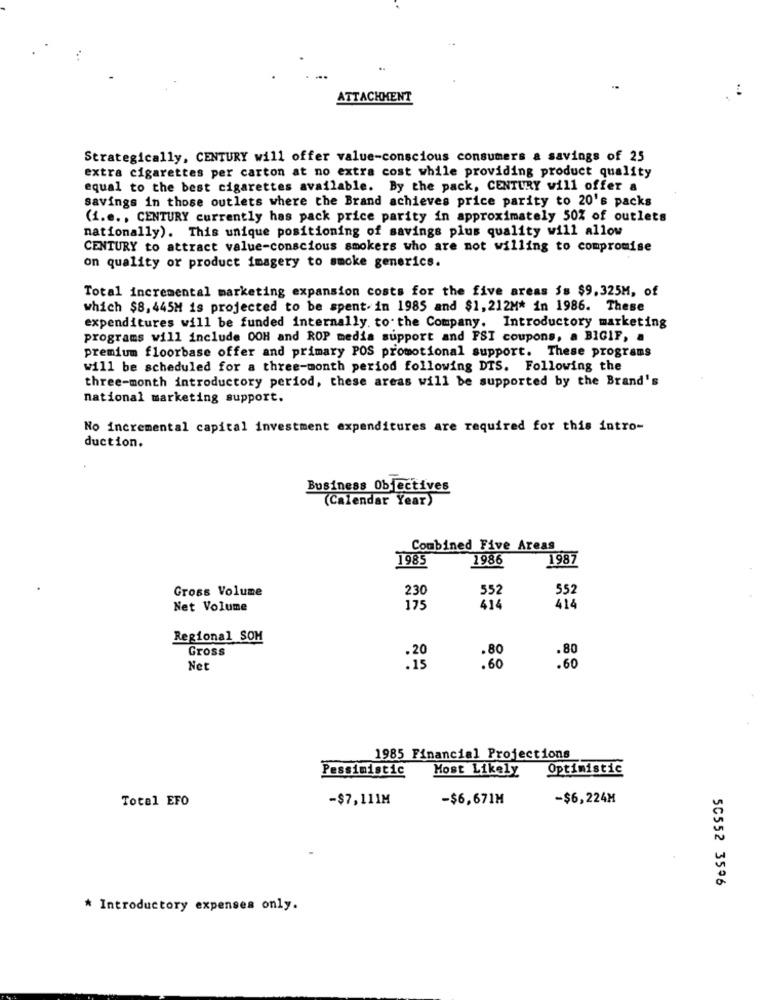
...
ATTACHMENT
Strategically, CENTURY will offer value-conscious consumers a savings of 25
extra cigarettes per carton at no extra cost while providing product quality
equal to the best cigarettes available. By the pack, CENTURY will offer a
savings in those outlets where the Brand achieves price parity to 20's packs
(i.e ., CENTURY currently has pack price parity in approximately 50% of outlets
nationally). This unique positioning of savings plus quality will allow
CENTURY to attract value-conscious smokers who are not willing to compromise
on quality or product imagery to smoke generics.
Total incremental marketing expansion costs for the five areas $s $9,325M, of
which $8, 445M is projected to be spent. in 1985 and $1, 212M* in 1986. These
expenditures will be funded internally. to the Company. Introductory marketing
programs will include OOH and ROP media support and FSI coupons, a BIGIF, a
premium floorbase offer and primary POS promotional support. These programs
will be scheduled for a three-month period following DTS. Following the
three-month introductory period, these areas will be supported by the Brand's
national marketing support.
No incremental capital investment expenditures are required for this intro-
duction.
Business Objectives
(Calendar Year)
Combined Five Areas
1985
1986
1987
Gross Volume
230
Net Volume
175
414
414
Regional SOM
Gross
.80
.80
Net
21
.60
1985 Financial Projections
Pessimistic
Most Likely
Optimistic
-$7,111M
-$6,671M
-$6,224M
Total EFO
50552 3596
* Introductory expenses only.